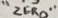
Text: "ZERO"